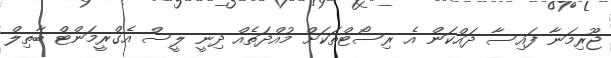
ޖޫރިމަނާ ފައިސާ ދައްކަން އެ ރިސޯޓްތަކަށް މުއްދަތެއް ދިނީ ލީސް އެގްރީމަންޓް ބާތިލް